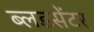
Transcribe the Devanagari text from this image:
ब्लडसेंटर